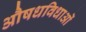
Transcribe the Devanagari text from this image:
औषधविधाओं